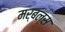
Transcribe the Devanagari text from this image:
मर्बल्स